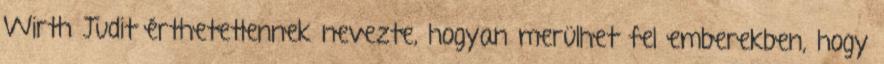
Wirth Judit érthetetlennek nevezte, hogyan merülhet fel emberekben, hogy